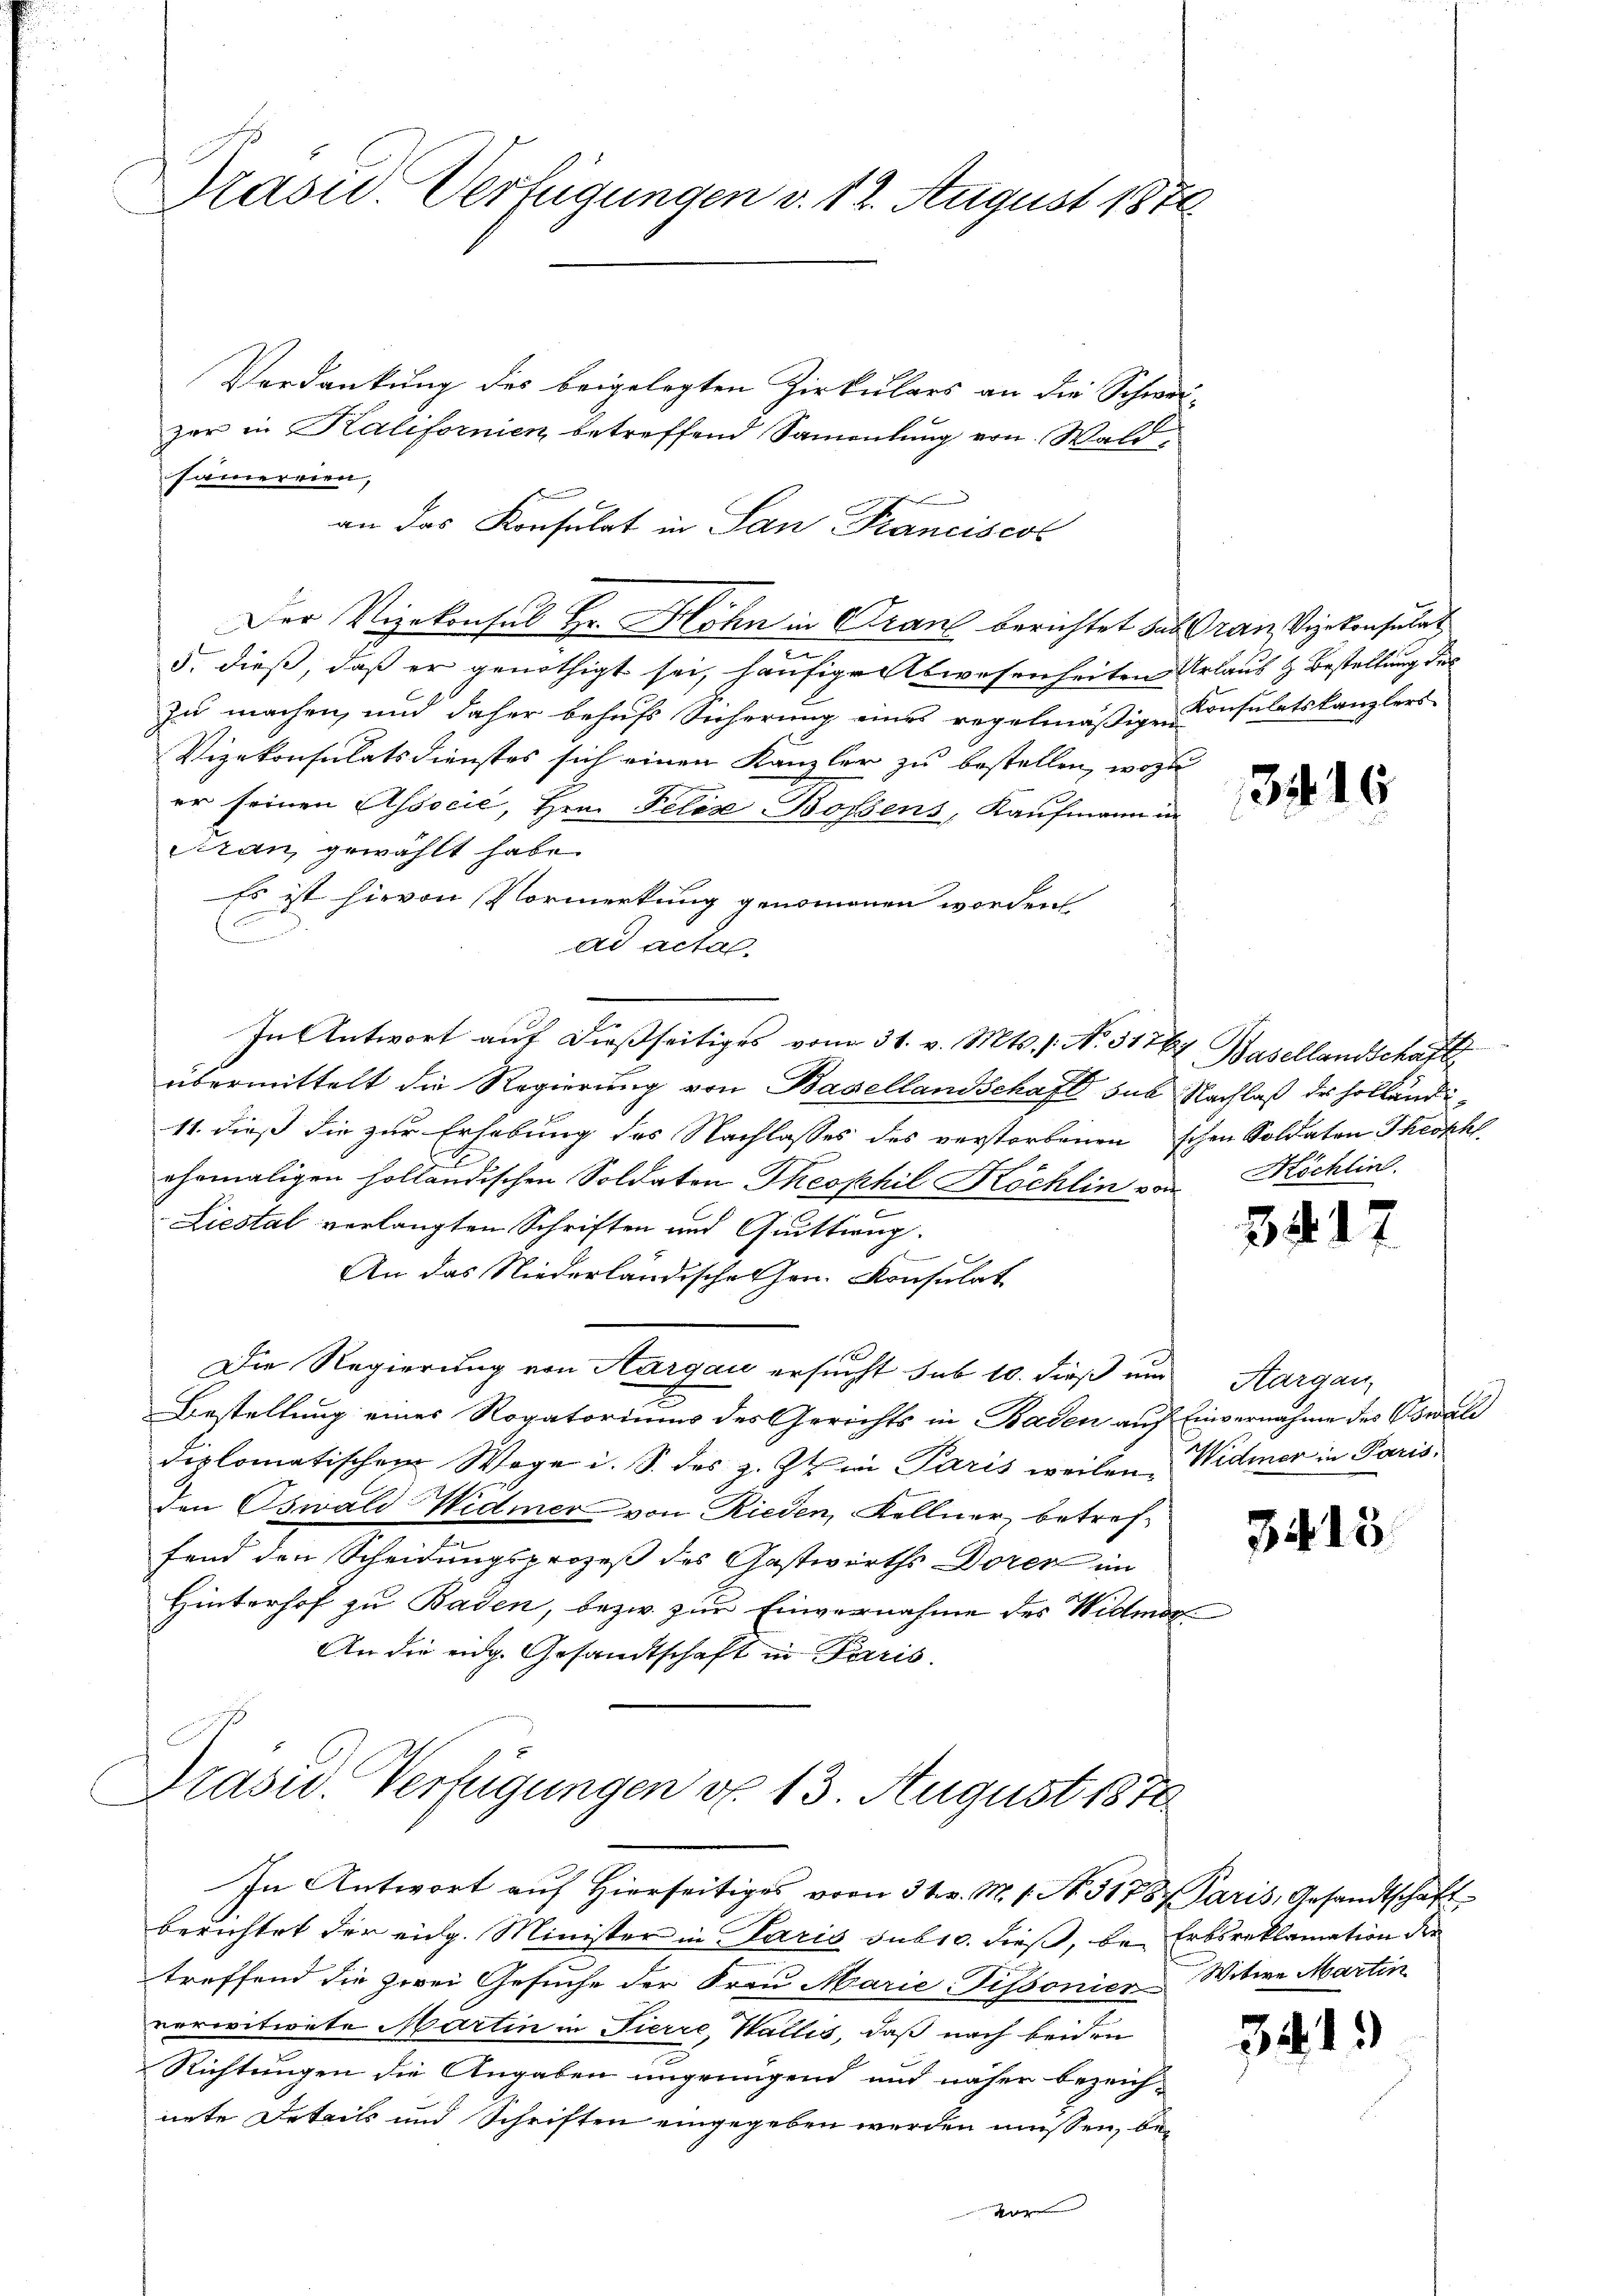
Pasid. Verfügungen v. 12. August 1870

Verdankung des beigelegten Zirkulars an die Schwazer in Kalifornien betreffend Samentung von Wald,
samereien,
an das Konsulat in San Franciscol
Der Vizekonsul Hr. Hohn in Granz berichtet das Gran, Vizekonsulat
.
5. dieß, daß er genöthigt sei, häufige Abwesenheiten Urlaus & Bestellung des
zu machen, und daher behufs Sicherung eines regelmäßigen Konsulatskanzlers
Vizekonsulatsdienstes sich einen Kanzler zu bestellen, wozu
er seinen Associć, Hrn. Felix Bossens, Kaufmann in
cran gewählt habe.
Es ist hievon Vormerkung genommenen worden
.
ad acta.
übermittelt die Regierung von Basellandschaft sub Nachlaß des Holländi¬
11. dieß die zur Erhebung des Nachlasses des verstorbenen schen Soldaten Theoph
ehemaligen holländischen Soldaten Theophil Köchlin von
Liestal verlangten Schriften und Quittwug.
An das Niederländischehen. Konsulat
Die Regierung von Aargau ersucht sub 10. dieß un
Bestellung eines Rogatoriums des Gerichts in Baden auf Einvernahme des Oswald
diplomatischen Wege i. S. des z. Zt. in Paris weilen Widmer in Paris
den Oswald Widmer von Rieden, Kellner betreffend den Scheidungsprozeß des Gastwirths Doren im
Hinterhof zu Baden, bezw. zur Einvernahme des Widmer
An die eidg. Gesandtschaft in Paris.
Präsid.. Verfügungen d. 13. August 1870
In Antwort auf Hierseitiges vom 3 t v. M. 1. No. 3178, Paris, Gesandtschaft
berichtet der eidg. Minister in Paris sub 10. dieß, bei Erbsreklamation der
treffend die zwei Gesuche der Frau Marie-Pissonier Witwe Martin
verwitwete Martin in Fierre, Wallis, daß nach beiden
Richtungen die Angaben ungenügend und näher bezeich-
nete Details und Schriften eingegeben werden müssen, be¬
Vor

In Antwort auf dießseitiges vom 31. v. Mts. 1. No. 3176 Basellandschaft

3416

Köchlin

317

Aargau,

3415

341.